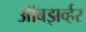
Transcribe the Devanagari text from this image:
ऑबझर्व्हर